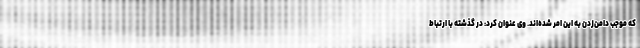
که موجب دامن‌زدن به این امر شده‌اند. وی عنوان کرد: در گذشته با ارتباط